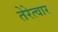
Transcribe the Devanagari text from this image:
तेरेत्वार